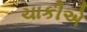
ચાકીએ